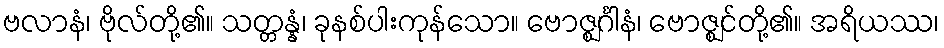
ဗလာနံ၊ ဗိုလ်တို့၏။ သတ္တန္နံ၊ ခုနစ်ပါးကုန်သော။ ဗောဇ္ဈင်္ဂါနံ၊ ဗောဇ္ဈင်တို့၏။ အရိယဿ၊